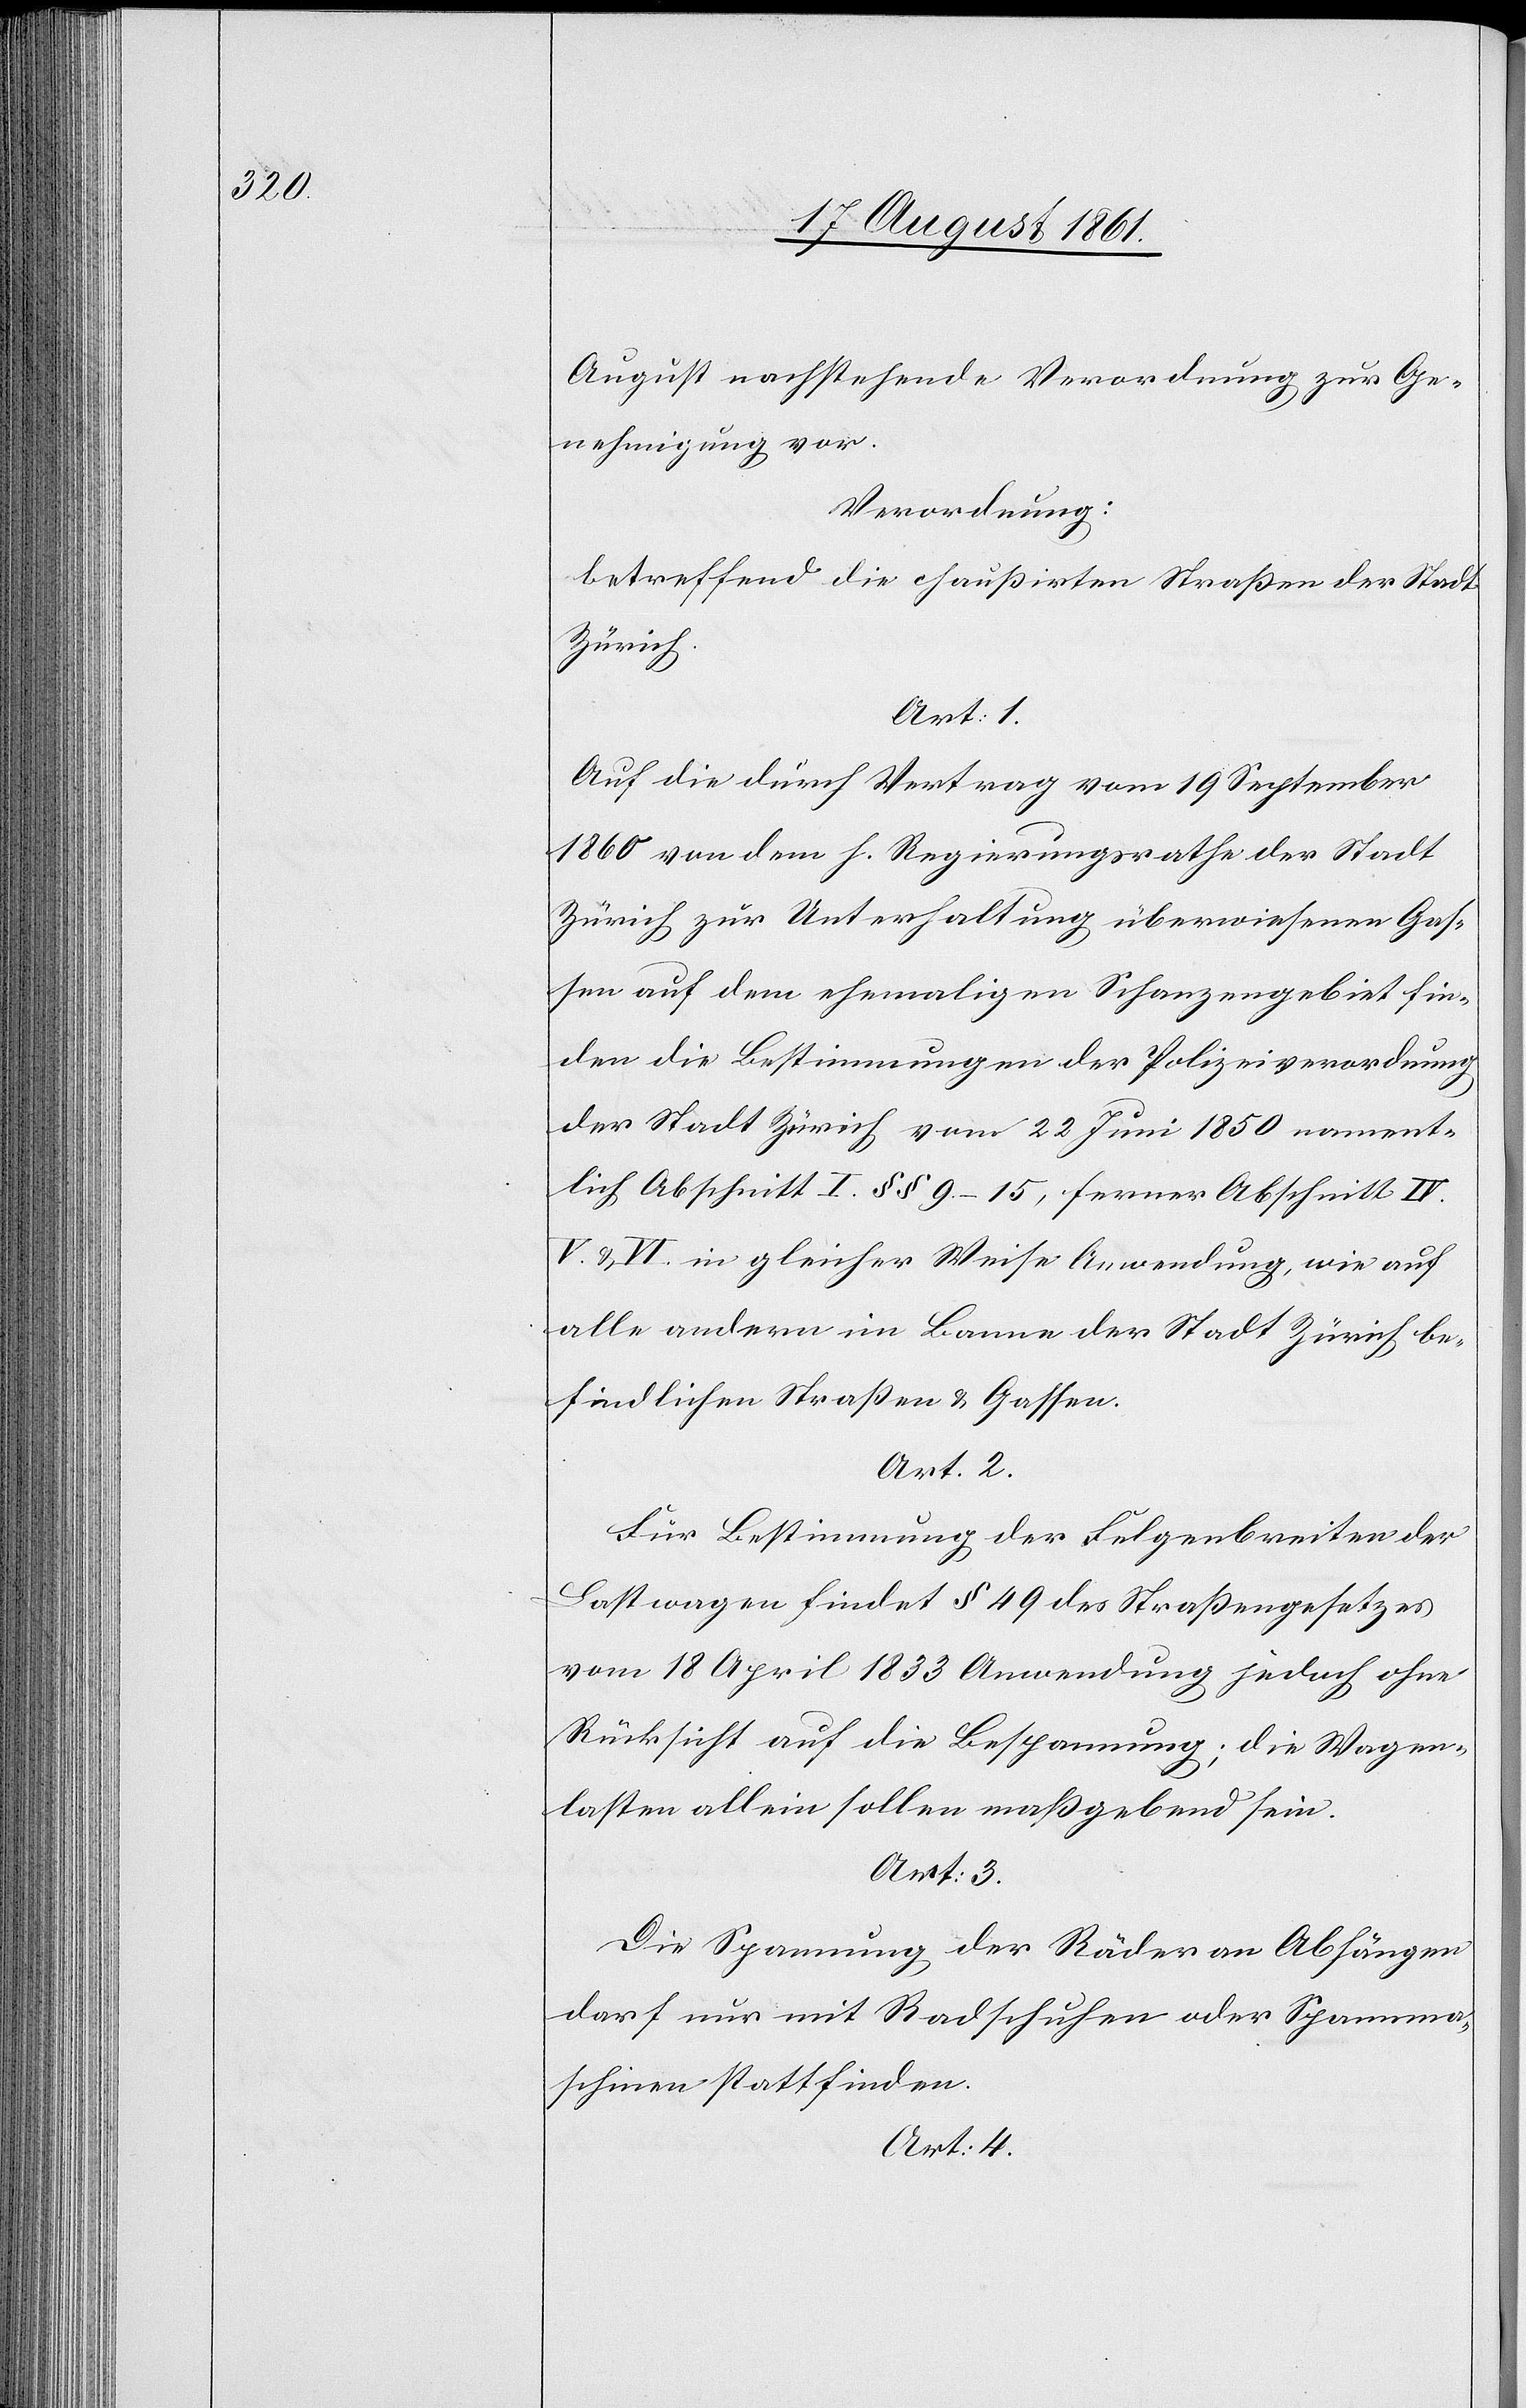
August nachstehende Verordnung zur Ge¬
nehmigung vor.
Verordnung:
Betreffend die chaußirten Straßen der Stadt
Zürich.
Art. 1.
Auf die durch Vertrag vom 19 September
1860 von dem h. Regierungsrathe der Stadt
Zürich zur Unterhaltung überwiesenen Gas¬
sen auf dem ehemaligen Schanzengebiet fin¬
den die Bestimmungen der Polizeiverordnung
der Stadt Zürich vom 22 Juni 1850 nament¬
lich Abschnitt I §§ 9–15, ferner Abschnitt IV.
V. u. VI. in gleicher Weise Anwendung, wie auf
alle andern im Banne der Stadt Zürich be¬
findlichen Straßen u. Gassen.
Art. 2.
Für Bestimmung der Felgenbreiten der
Lastwagen findet § 49 des Straßengesetzes
vom 18 April 1833 Anwendung jedoch ohne
Rücksicht auf die Bespannung; die Wagen¬
lasten allein sollen maßgebend sein.
Art. 3.
Die Spannung der Räder an Abhängen
darf nur mit Radschuhen oder Spannma¬
schinen stattfinden.
Art. 4